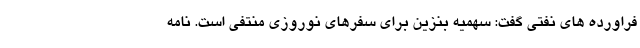
فراورده های نفتی گفت: سهمیه بنزین برای سفرهای نوروزی منتفی است. نامه